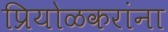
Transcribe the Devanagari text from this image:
प्रियोळकरांना